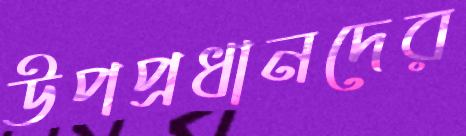
উপপ্রধানদের